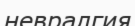
невралгия